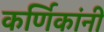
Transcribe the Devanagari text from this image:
कर्णिकांनी